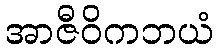
အာဇီဝိကဘယံ